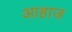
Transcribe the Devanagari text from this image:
आहाज